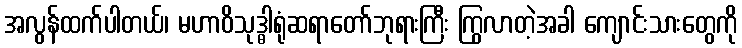
အလွန်ထက်ပါတယ်၊ မဟာဝိသုဒ္ဓါရုံဆရာတော်ဘုရားကြီး ကြွလာတဲ့အခါ ကျောင်းသားတွေကို